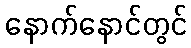
နောက်နောင်တွင်